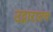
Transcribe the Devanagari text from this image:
उद्गारातच